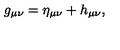
g _ { \mu \nu } = \eta _ { \mu \nu } + h _ { \mu \nu } ,